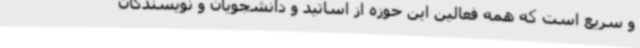
و سریع است که همه فعالین این حوزه از اساتید و دانشجویان و نویسندگان